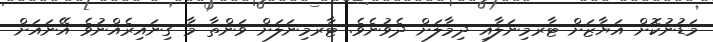
މަޑުނުކޮށް އަޔާޒަށް ޓާރމިނަލާއި ދިމާލަށް ދެވުނެވެ. ޓާރމިނަލަށް ވަންތާ މާ ގިނައިރެއްނުވެ އޭނައަށް